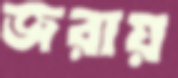
জরায়